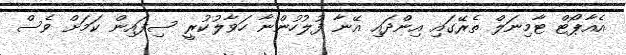
އެއާޕޯޓް ޓާމިނަލް ތެރޭގައި އިންދައި އޭނާ ފުލުހުންނާ ހަވާލުކުރީ ސިފައިން ކަމަށް ވެސް